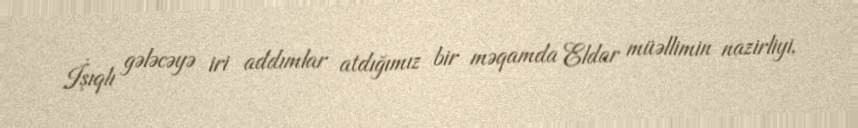
İşıqlı gələcəyə iri addımlar atdığımız bir məqamda Eldar müəllimin nazirliyi,